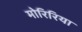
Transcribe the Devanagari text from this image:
मोरिरिया